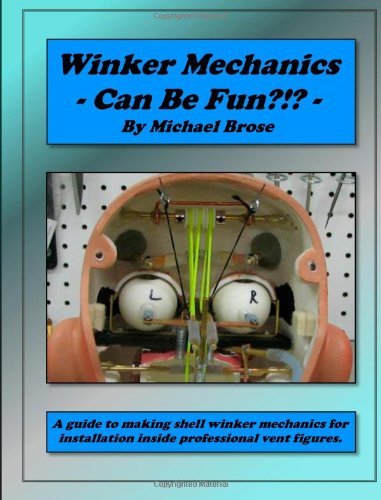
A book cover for Winker Mechanics Can Be Fun?!?: A guide to making shell winker mechanics for installation inside professional vent figures.; Michael Brose; Crafts, Hobbies & Home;